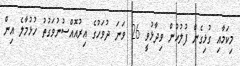
މިކަމާއި ގުޅިގެން ފުލުހުން ވިދާޅުވީ 26 ވަނަ ދުވަހުގެ އިރުއޮއްސުނުވަގުތު ހުޅުމާލެ އިން